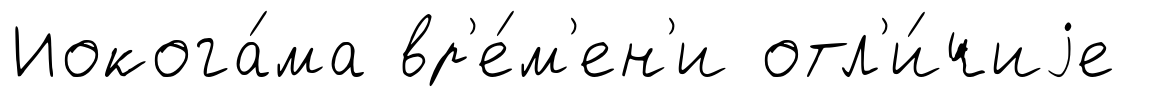
Иокога́ма вр'е́м'ен'и отл'и́чиjе